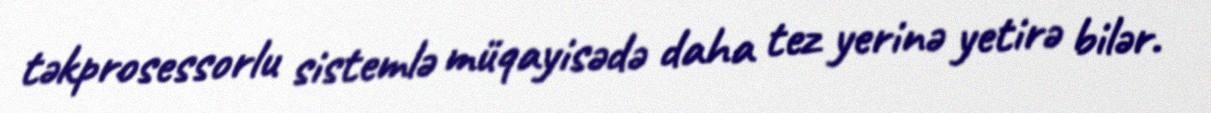
təkprosessorlu sistemlə müqayisədə daha tez yerinə yetirə bilər.